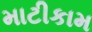
માટીકામ